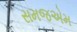
સમજએમ